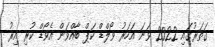
ގަތަރުގައި 2022 ވަނަ އަހަރު ވޯލްޑް ކަޕް ބާއްވަން އެވޯޑް ކުރި އިރު